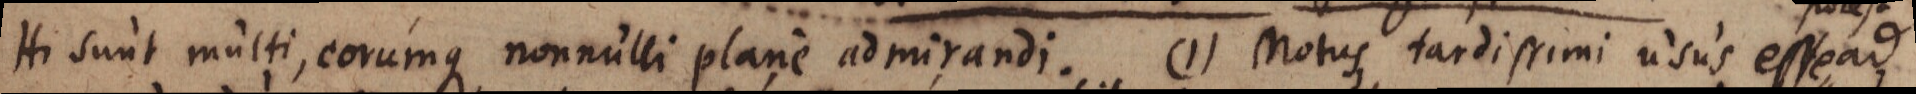
Hi sunt multi, eorumque nonnulli plane admirandi. (1) Motus tardissimi usus esse ad